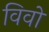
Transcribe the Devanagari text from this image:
विवों